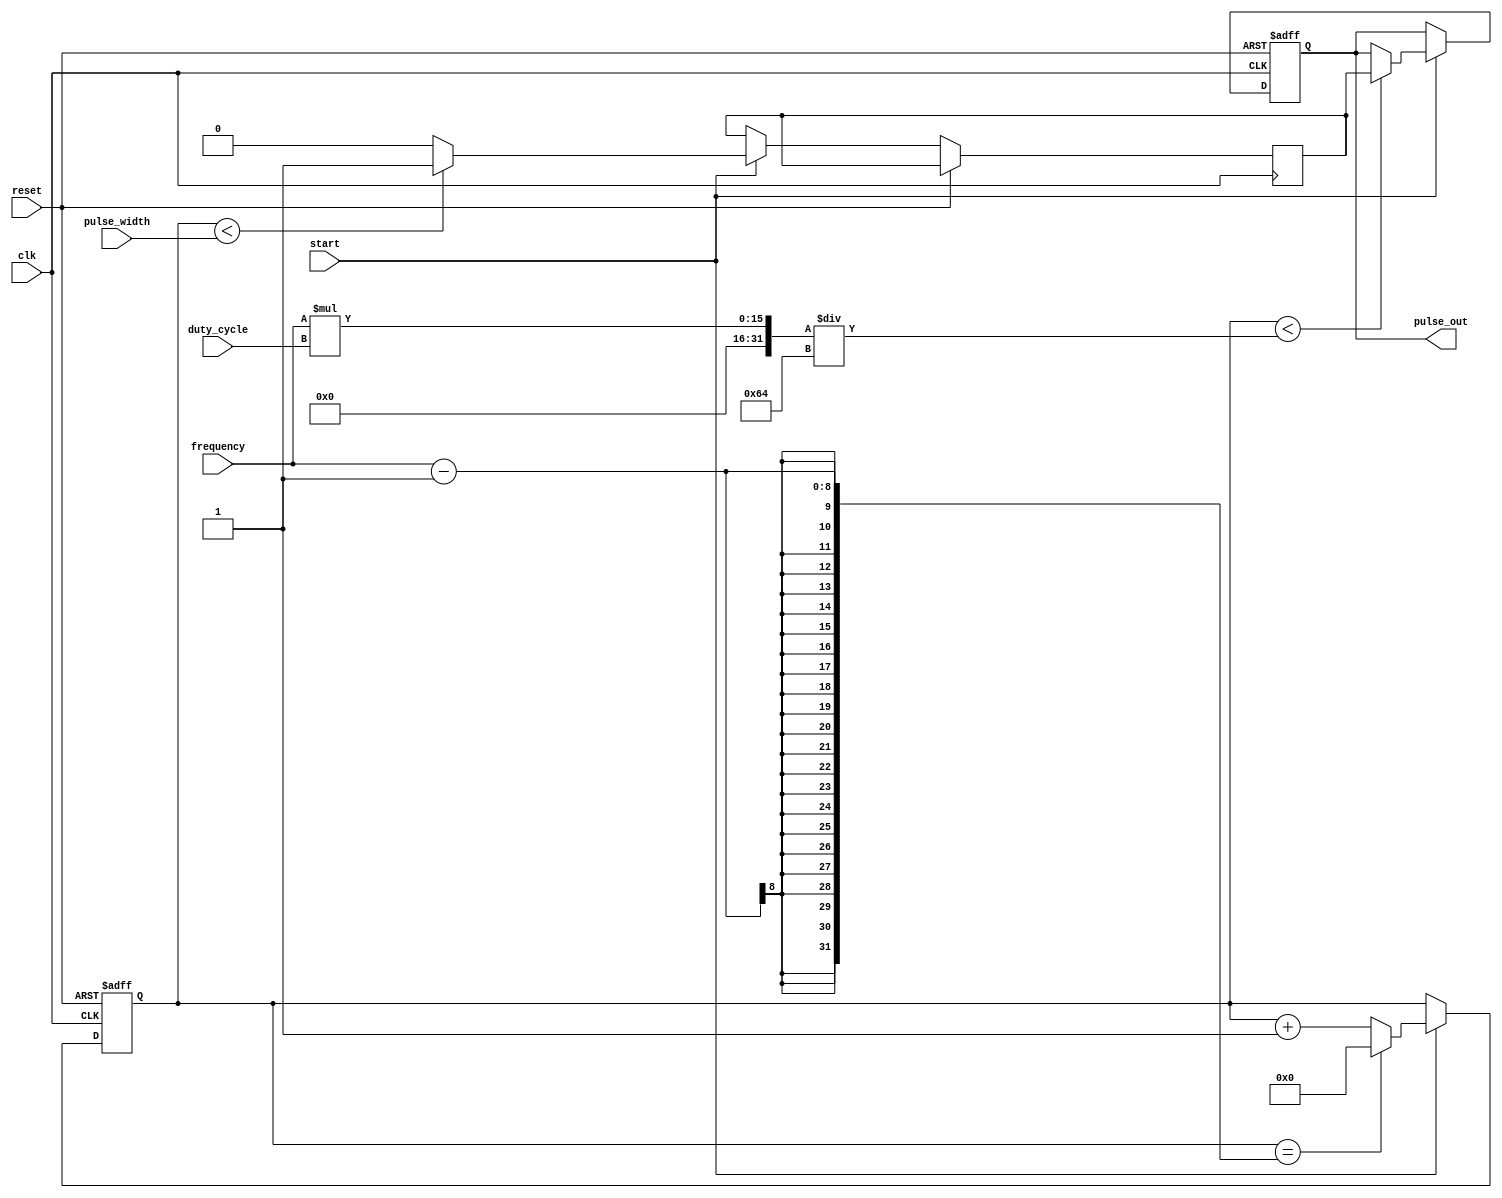
module programmable_pulse_generator (
    input wire clk,
    input wire reset,
    input wire start,
    input wire [7:0] pulse_width,
    input wire [7:0] frequency,
    input wire [7:0] duty_cycle,
    output reg pulse_out
);

reg [7:0] counter;
wire pulse;

always @(posedge clk or posedge reset) begin
    if (reset) begin
        counter <= 8'h00;
        pulse_out <= 1'b0;
    end else if (start) begin
        if (counter < pulse_width) begin
            pulse <= 1'b1;
        end else begin
            pulse <= 1'b0;
        end
        
        if (counter < frequency*duty_cycle/100) begin
            pulse_out <= pulse;
        end
        
        counter <= counter + 1;
        if (counter == (frequency-1)) begin
            counter <= 8'h00;
        end
    end
end

endmodule